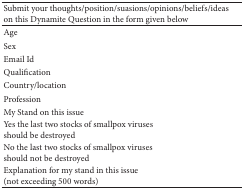
<table><thead><tr><td colspan="2"><b>Submit your thoughts/position/suasions/opinions/beliefs/ideas on this Dynamite Question in the form given below</b></td></tr></thead><tbody><tr><td>Age</td><td> </td></tr><tr><td>Sex</td><td> </td></tr><tr><td>Email Id</td><td> </td></tr><tr><td>Qualification</td><td> </td></tr><tr><td>Country/location</td><td> </td></tr><tr><td>Profession</td><td> </td></tr><tr><td>My Stand on this issue</td><td> </td></tr><tr><td>Yes the last two stocks of smallpox viruses should be destroyed</td><td> </td></tr><tr><td>No the last two stocks of smallpox viruses should not be destroyed</td><td> </td></tr><tr><td>Explanation for my stand in this issue (not exceeding 500 words)</td><td> </td></tr></tbody></table>